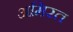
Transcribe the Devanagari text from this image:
अमिरत